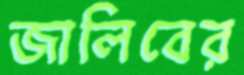
জালিবের